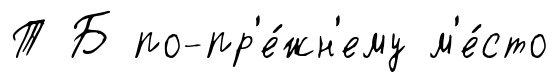
Т Б по-пр'е́жн'ему м'е́сто